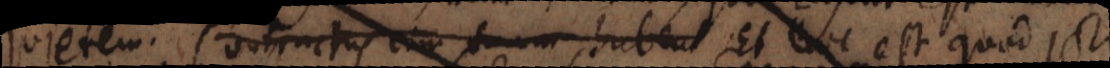
quietem. Contractus vim suam habent Et hoc est